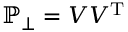
\mathbb { P } _ { \perp } = \b { V V } ^ { \mathrm { T } }